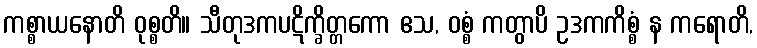
ကစ္စာယနောတိ ဝုစ္စတိ။ သီတုဒကပဋိက္ခိတ္တကော ဧသ, ဝစ္စံ ကတွာပိ ဥဒကကိစ္စံ န ကရောတိ,